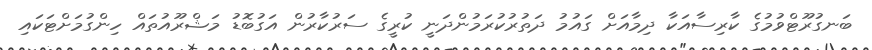
ބަނގުރޫޓްވުމުގެ ކާރިސާއަކާ ދިމާއަށް ގައުމު ދަތުރުކުރަމުންދަނީ ކުރީގެ ސަރުކާރުން އަގުބޮޑު މަޝްރޫއުތައް ހިންގުމަށްޓަކައި